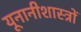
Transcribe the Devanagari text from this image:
यूनानीशास्त्रों